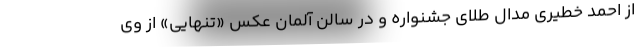
از احمد خطیری مدال طلای جشنواره و در سالن آلمان عکس «تنهایی» از وی